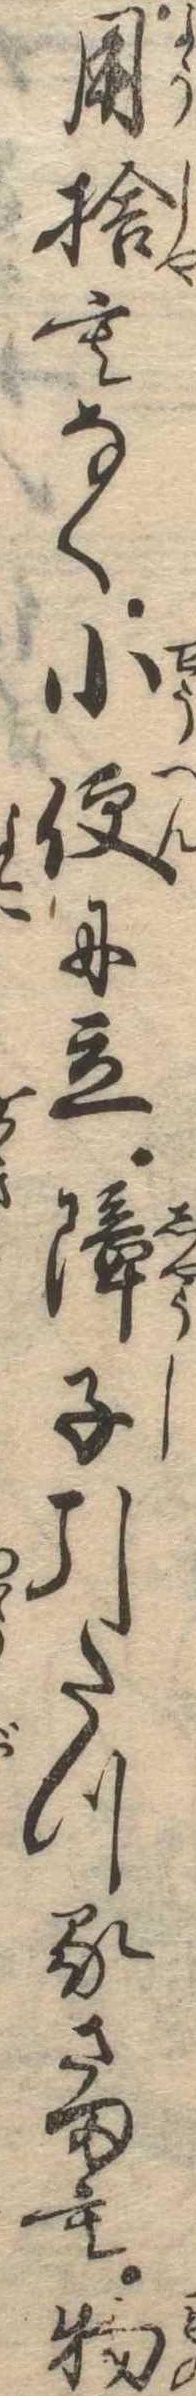
用捨もなく小便に立障子引たつるさまも物